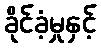
ခိုင်ခံ့မှုနှင့်